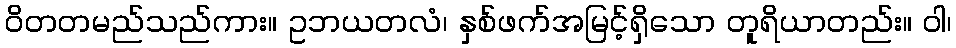
ဝိတတမည်သည်ကား။ ဥဘယတလံ၊ နှစ်ဖက်အမြင့်ရှိသော တူရိယာတည်း။ ဝါ၊